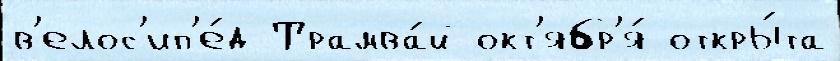
в'елос'ип'е́д Трамва́й окт'ябр'я́ откры́та